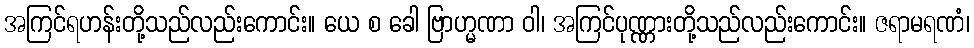
အကြင်ရဟန်းတို့သည်လည်းကောင်း။ ယေ စ ခေါ ဗြာဟ္မဏာ ဝါ၊ အကြင်ပုဏ္ဏားတို့သည်လည်းကောင်း။ ဇရာမရဏံ၊